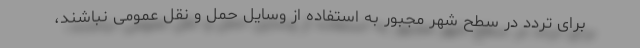
برای تردد در سطح شهر مجبور به استفاده از وسایل حمل و نقل عمومی نباشند،